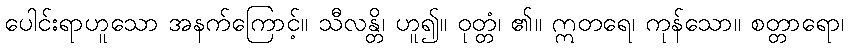
ပေါင်းရာဟူသော အနက်ကြောင့်။ သီလန္တိ၊ ဟူ၍။ ဝုတ္တံ၊ ၏။ ဣတရေ၊ ကုန်သော။ စတ္တာရော၊